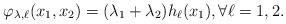
LaTeX: \begin{align*}\varphi_{\lambda, \ell} (x_1, x_2) = (\lambda_1 + \lambda_2) h_\ell(x_1), \forall \ell = 1,2.\end{align*}